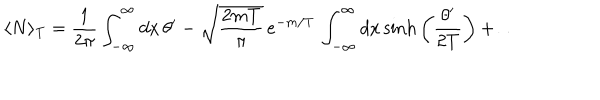
\langle N \rangle _ { \mathrm { T } } = \frac { 1 } { 2 \pi } \int _ { - \infty } ^ { \infty } d x \, \theta ^ { \prime } - \sqrt { \frac { 2 m T } { \pi } } \, e ^ { - m / T } \, \int _ { - \infty } ^ { \infty } d x \, \mathrm { s i n h } \left( \frac { \theta ^ { \prime } } { 2 T } \right) + \dots